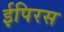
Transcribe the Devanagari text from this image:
ईपिरस